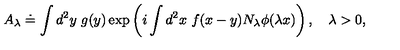
A _ { \lambda } \doteq \int d ^ { 2 } y \ g ( y ) \exp \left( i \int d ^ { 2 } x \ f ( x - y ) N _ { \lambda } \phi ( \lambda x ) \right) , \quad \lambda > 0 ,